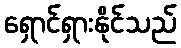
ရှောင်ရှားနိုင်သည်